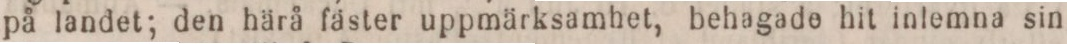
på landet; den härå fäster uppmärksamhet, behagade hit inlemna sin